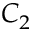
C _ { 2 }